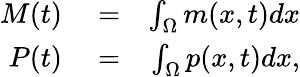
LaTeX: \begin{array}{rlr}{M(t)}&{{}=}&{\int_{\Omega}m(x,t)dx}\\ {P(t)}&{{}=}&{\int_{\Omega}p(x,t)dx,}\end{array}